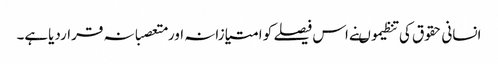
انسانی حقوق کی تنظیموںنے اس فیصلے کو امتیازانہ اورمتعصبانہ قراردیاہے۔